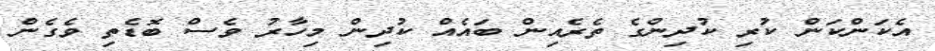
އެކަންކަން ކުރި ކުދިންގެ ތެރެއިން ބައެއް ކުދިން މިހާރު ވެސް ބޮޑެތި ވެގެން